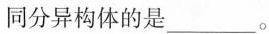
同分异构体的是___。